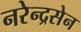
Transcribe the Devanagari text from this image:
नरेन्द्रसेन